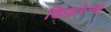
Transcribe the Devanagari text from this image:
डिफ़रेन्स